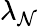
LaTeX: \lambda_{\mathcal{N}}